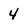
Character: 4